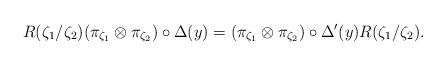
LaTeX: \begin{align*}R(\zeta_1 /\zeta_2)(\pi_{\zeta_1} \otimes\pi_{\zeta_2})\circ\Delta(y)=(\pi_{\zeta_1} \otimes\pi_{\zeta_2})\circ\Delta'(y)R(\zeta_1 /\zeta_2).\end{align*}